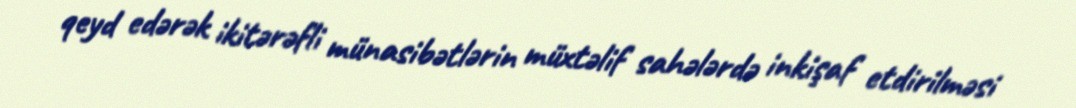
qeyd edərək ikitərəfli münasibətlərin müxtəlif sahələrdə inkişaf etdirilməsi